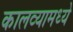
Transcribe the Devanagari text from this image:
कालव्यामध्ये